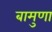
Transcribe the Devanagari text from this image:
बामुणा